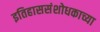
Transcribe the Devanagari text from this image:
इतिहाससंशोधकाच्या